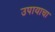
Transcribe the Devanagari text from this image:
उपायाचा